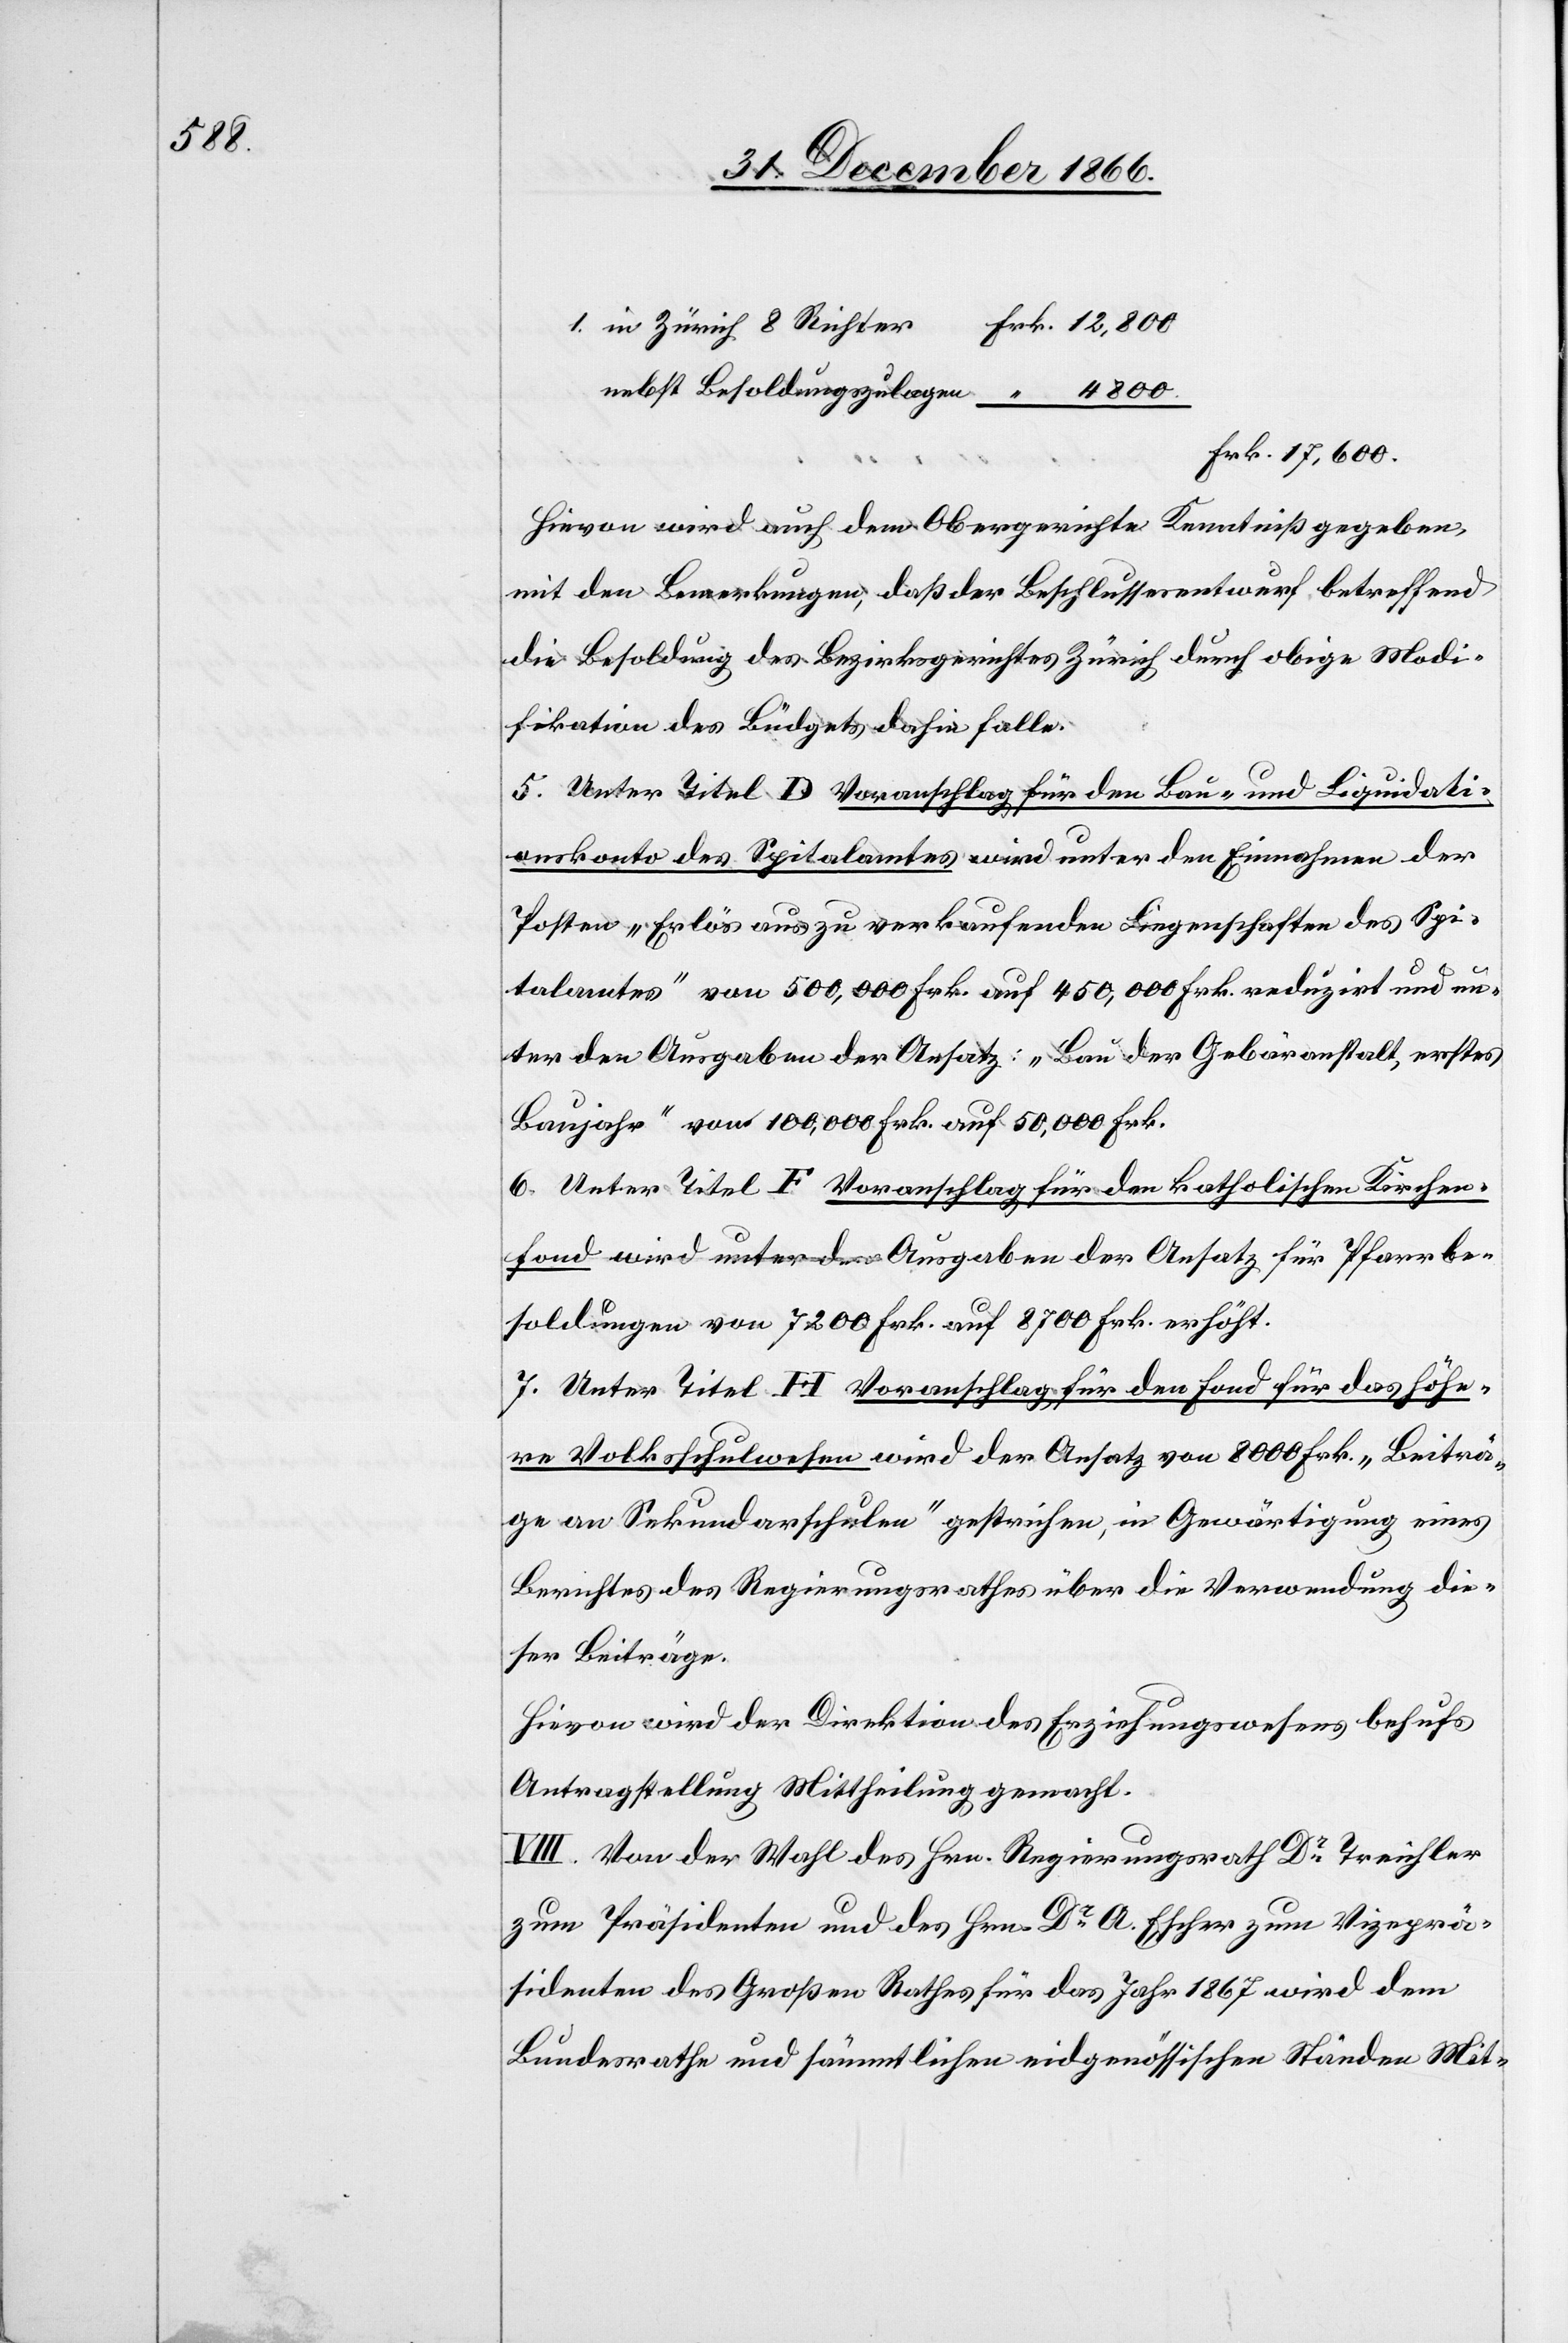
1. in Zürich 8 Richter	Frk. 12 800
nebst Besoldungszulagen	 “ 4800
Frk. 17 600.
Hievon wird auch dem Obergerichte Kenntniß gegeben,
mit den Bemerkungen, daß der Beschlussesentwurf betreffend
die Besoldung des Bezirksgerichtes Zürich durch obige Modi¬
fikation des Büdgets dahin falle.
5. Unter Titel D Voranschlag für den Bau- und Liquidati¬
onskonto des Spitalamtes wird unter den Einnahmen der
Posten „Erlös aus zu verkaufenden Liegenschaften des Spi¬
talamtes“ von 500 000 Frk. auf 450 000 Frk. reduzirt und un¬
ter den Ausgaben der Ansatz: „Bau der Gebäranstalt, erstes
Baujahr“ von 100 000 Frk. auf 50 000 Frk.
6. Unter Titel F Voranschlag für den katholischen Kirchen¬
fond wird unter den Ausgaben der Ansatz für Pfarrbe¬
soldungen von 7200 Frk. auf 8700 Frk. erhöht.
7. Unter Titel H Voranschlag für den Fond für das höhe¬
re Volksschulwesen wird der Ansatz von 8000 Frk. „Beiträ¬
ge an Sekundarschulen“ gestrichen, in Gewärtigung eines
Berichtes des Regierungsrathes über die Verwendung die¬
ser Beiträge.
Hievon wird der Direktion des Erziehungswesens behufs
Antragstellung Mittheilung gemacht.
VIII. Von der Wahl des Hrn. Regierungsrath Dr. Treichler
zum Präsidenten und des Hrn. Dr. A. Escher zum Vizeprä¬
sidenten des Großen Rathes für das Jahr 1867 wird dem
Bundesrathe und sämmtlichen eidgenössischen Ständen Mit-